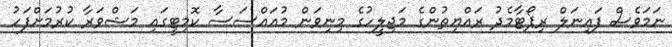
ނަމަވެސް ފައިނަލް ރިޕޯޓާމެދު ރައްޔިތުންގެ މަޖިލީހުގެ މިނިވަން މުއައްސަސާ ކޮމިޓީގައި މަޝްވަރާ ކުރުމަށްފަހު